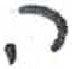
אות: ה